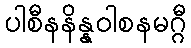
ပါစီနနိန္နဝါစနမဂ္ဂီ